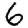
Digit: 6